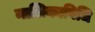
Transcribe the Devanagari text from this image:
नालिकाविधि